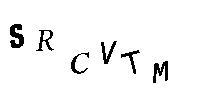
SRCVTM